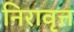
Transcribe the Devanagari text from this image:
निरावृत्त